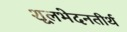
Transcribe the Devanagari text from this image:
शूलभेदनतीर्थ